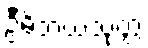
ဦမိဘယသုတ္တံ